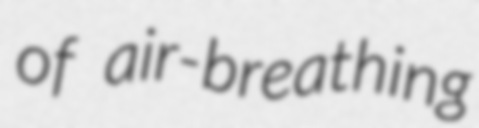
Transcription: of air-breathing